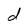
Character: d